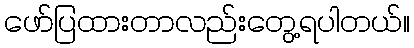
ဖော်ပြထားတာလည်းတွေ့ရပါတယ်။